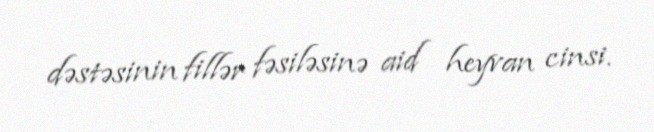
dəstəsinin fillər fəsiləsinə aid heyvan cinsi.